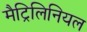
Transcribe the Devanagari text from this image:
मैट्रिलिनियल